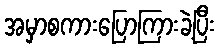
အမှာစကားပြောကြားခဲ့ပြီး